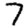
Digit: 7